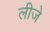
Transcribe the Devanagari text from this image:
लीजे